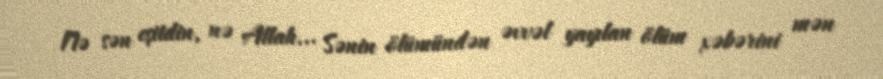
Nə sən eşitdin, nə Allah... Sənin ölümündən əvvəl yayılan ölüm xəbərini mən